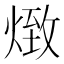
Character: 𤋖